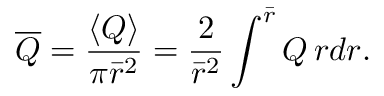
\overline { { Q } } = { \frac { \langle Q \rangle } { \pi \bar { r } ^ { 2 } } } = { \frac { 2 } { \bar { r } ^ { 2 } } } \int ^ { \bar { r } } Q \, r d r .